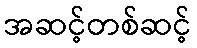
အဆင့်တစ်ဆင့်